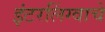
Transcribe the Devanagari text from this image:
इंटरलिंग्वाचे